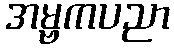
အမ္ဗကပညာ